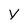
Character: V